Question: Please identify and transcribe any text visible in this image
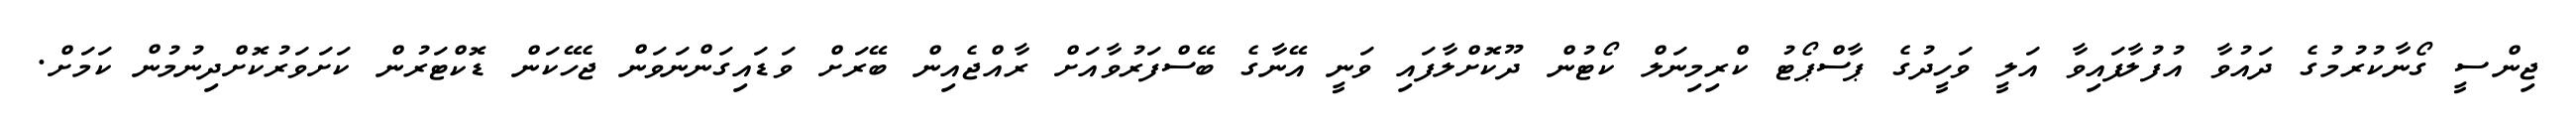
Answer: ޖިންސީ ގޯނާކުރުމުގެ ދައުވާ އުފުލާފައިވާ އަލީ ވަހީދުގެ ޕާސްޕޯޓު ކްރިމިނަލް ކޯޓުން ދޫކޮށްލާފައި ވަނީ އޭނާގެ ބޭސްފަރުވާއަށް ރާއްޖެއިން ބޭރަށް ވަޑައިގަންނަވަން ޖެހޭކަން ޑޮކްޓަރުން ކަށަވަރުކޮށްދިނުމުން ކަމަށް.